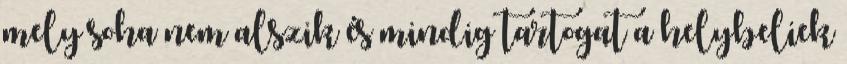
mely soha nem alszik és mindig tartogat a helybeliek